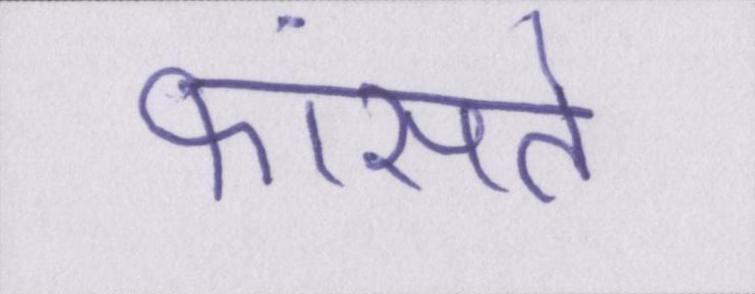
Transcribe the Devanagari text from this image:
फांसते